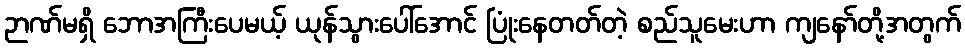
ဉာဏ်မရှိ ဘောအကြီးပေမယ့် ယုန်သွားပေါ်အောင် ပြုံးနေတတ်တဲ့ စည်သူမေးဟာ ကျနော်တို့အတွက်